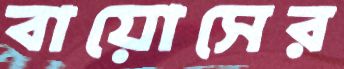
বায়োসের